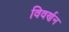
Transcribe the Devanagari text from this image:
विवर्णन